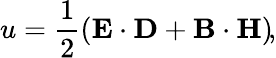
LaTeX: u={\frac{1}{2}}\! \left(\mathbf{E}\cdot\mathbf{D}+\mathbf{B}\cdot\mathbf{H}\right)\! ,